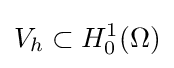
V_{h}\subset H_{0}^{1}(\Omega )